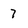
Character: 7